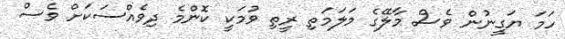
ހަމަ ޔަގީނުން ވެސް މާލޭގެ މަލަމަތި ރީތި ވުމަކީ ކޮންމެ ދިވެއްސަކަށް ވެސް